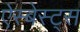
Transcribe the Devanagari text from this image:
ऐस्बेस्ट्स